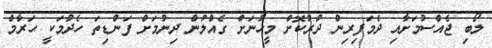
ލޯބި ޖެއްސުމަށާއި ދެމަފިރިން ދުރުކޮށް މީހުނަށް ގެއްލުން ދިނުމަށް ފަންޑިތަ ހެދުމަކީ ޙަރާމް